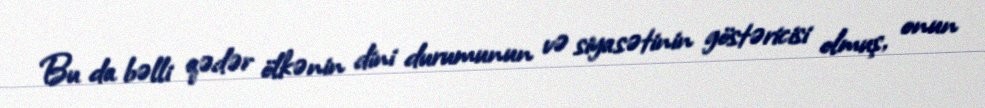
Bu da bəlli qədər ölkənin dini durumunun və siyasətinin göstəricisi olmuş, onun